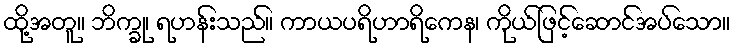
ထို့အတူ။ ဘိက္ခု၊ ရဟန်းသည်။ ကာယပရိဟာရိကေန၊ ကိုယ်ဖြင့်ဆောင်အပ်သော။